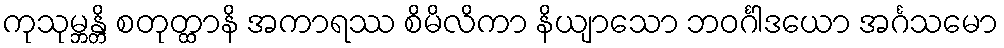
ကုသုမ္ဘန္တိ စတုတ္ထာနိ အကာရဿ စိမိလိကာ နိယျာသော ဘဝင်္ဂါဒယော အင်္ဂသမော